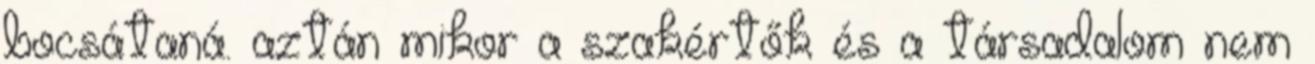
bocsátaná. aztán mikor a szakértők és a társadalom nem